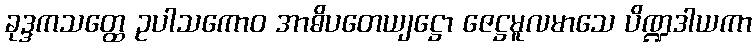
ခုဒ္ဒကသတ္ထေ ဥပါသကောဝ အာဓိပတေယျဋ္ဌော ဇေဋ္ဌမူလမာသေ ပိဏ္ဍဒါယကာ